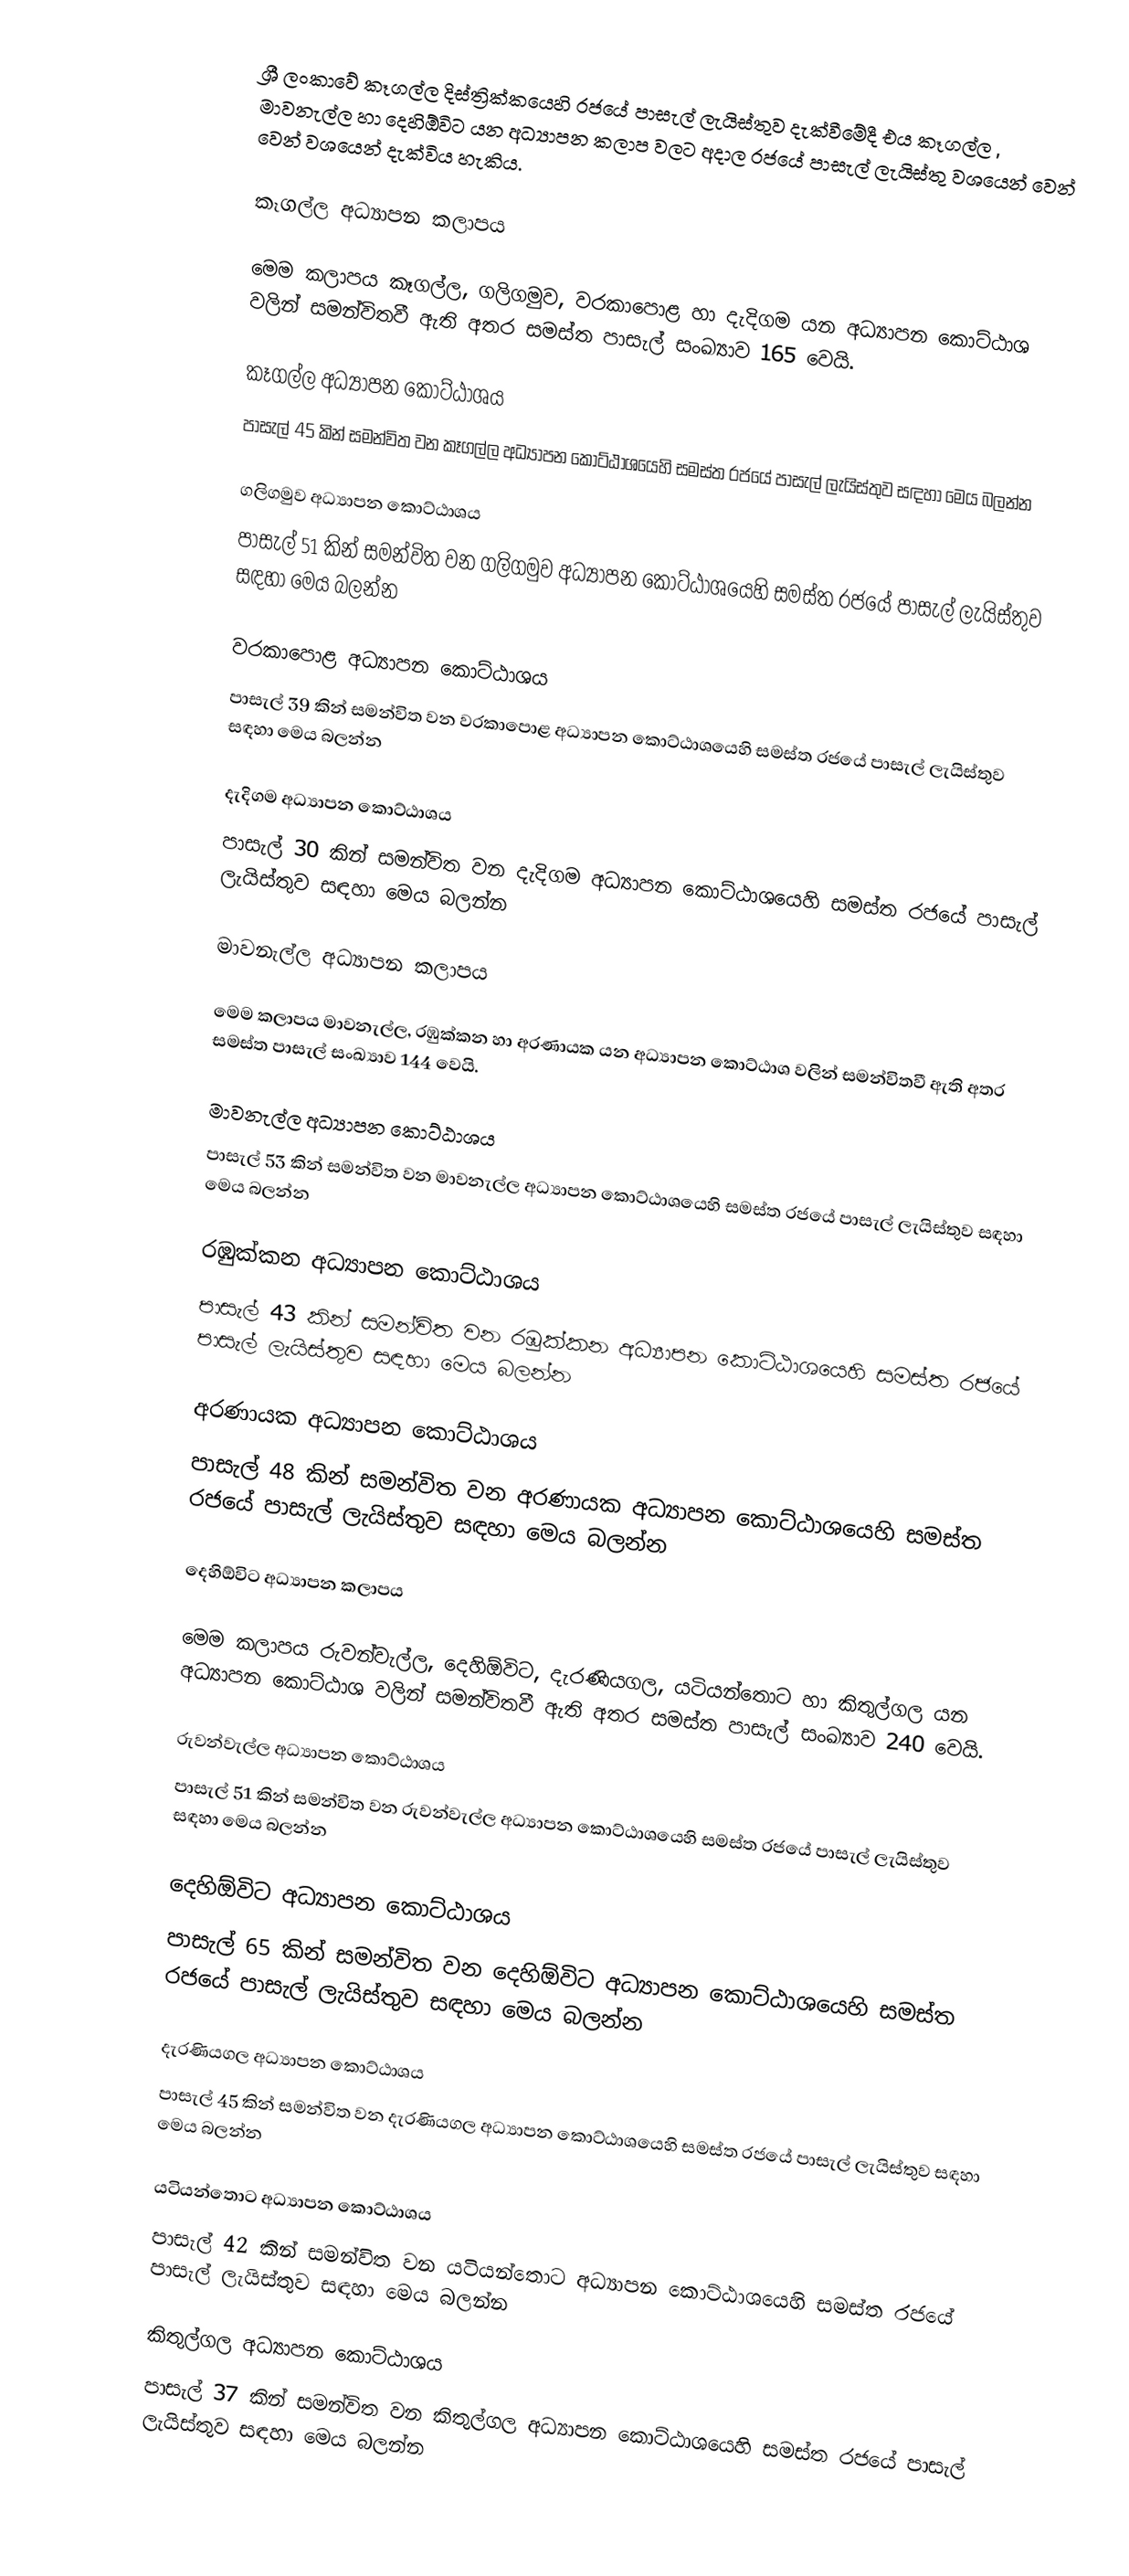
ශ්‍රී ලංකාවේ කෑගල්ල දිස්ත්‍රික්කයෙහි රජයේ පාසැල් ලැයිස්තුව දැක්වීමේදී එය කෑගල්ල , මාවනැල්ල හා දෙහිඕවිට  යන අධ්‍යාපන කලාප  වලට අදාල රජයේ පාසැල් ලැයිස්තු වශයෙන් වෙන් වෙන් වශයෙන් දැක්විය හැකිය.

කෑගල්ල අධ්‍යාපන කලාපය

මෙම කලාපය කෑගල්ල, ගලිගමුව, වරකාපොළ හා දැදිගම යන අධ්‍යාපන කොට්ඨාශ වලින් සමන්විතවී ඇති අතර සමස්ත පාසැල් සංඛ්‍යාව 165 වෙයි.

කෑගල්ල අධ්‍යාපන කොට්ඨාශය
පාසැල් 45 කින් සමන්විත වන කෑගල්ල අධ්‍යාපන කොට්ඨාශයෙහි සමස්ත රජයේ පාසැල් ලැයිස්තුව සඳහා මෙය බලන්න

ගලිගමුව අධ්‍යාපන කොට්ඨාශය
පාසැල් 51 කින් සමන්විත වන ගලිගමුව අධ්‍යාපන කොට්ඨාශයෙහි සමස්ත රජයේ පාසැල් ලැයිස්තුව සඳහා මෙය බලන්න

වරකාපොළ අධ්‍යාපන කොට්ඨාශය
පාසැල් 39 කින් සමන්විත වන වරකාපොළ අධ්‍යාපන කොට්ඨාශයෙහි සමස්ත රජයේ පාසැල් ලැයිස්තුව සඳහා මෙය බලන්න

දැදිගම අධ්‍යාපන කොට්ඨාශය
පාසැල් 30 කින් සමන්විත වන දැදිගම අධ්‍යාපන කොට්ඨාශයෙහි සමස්ත රජයේ පාසැල් ලැයිස්තුව සඳහා මෙය බලන්න

මාවනැල්ල අධ්‍යාපන කලාපය

මෙම කලාපය මාවනැල්ල, රඹුක්කන හා අරණායක යන අධ්‍යාපන කොට්ඨාශ වලින් සමන්විතවී ඇති අතර සමස්ත පාසැල් සංඛ්‍යාව 144 වෙයි.

මාවනැල්ල අධ්‍යාපන කොට්ඨාශය
පාසැල් 53 කින් සමන්විත වන මාවනැල්ල අධ්‍යාපන කොට්ඨාශයෙහි සමස්ත රජයේ පාසැල් ලැයිස්තුව සඳහා මෙය බලන්න

රඹුක්කන අධ්‍යාපන කොට්ඨාශය
පාසැල් 43 කින් සමන්විත වන රඹුක්කන අධ්‍යාපන කොට්ඨාශයෙහි සමස්ත රජයේ පාසැල් ලැයිස්තුව සඳහා මෙය බලන්න

අරණායක අධ්‍යාපන කොට්ඨාශය
පාසැල් 48 කින් සමන්විත වන අරණායක අධ්‍යාපන කොට්ඨාශයෙහි සමස්ත රජයේ පාසැල් ලැයිස්තුව සඳහා මෙය බලන්න

දෙහිඕවිට  අධ්‍යාපන කලාපය

මෙම කලාපය රුවන්වැල්ල, දෙහිඕවිට, දැරණියගල, යටියන්තොට හා කිතුල්ගල යන අධ්‍යාපන කොට්ඨාශ වලින් සමන්විතවී ඇති අතර සමස්ත පාසැල් සංඛ්‍යාව 240 වෙයි.

රුවන්වැල්ල අධ්‍යාපන කොට්ඨාශය
පාසැල් 51 කින් සමන්විත වන රුවන්වැල්ල අධ්‍යාපන කොට්ඨාශයෙහි සමස්ත රජයේ පාසැල් ලැයිස්තුව සඳහා මෙය බලන්න

දෙහිඕවිට අධ්‍යාපන කොට්ඨාශය
පාසැල් 65 කින් සමන්විත වන දෙහිඕවිට අධ්‍යාපන කොට්ඨාශයෙහි සමස්ත රජයේ පාසැල් ලැයිස්තුව සඳහා මෙය බලන්න

දැරණියගල අධ්‍යාපන කොට්ඨාශය
පාසැල් 45 කින් සමන්විත වන දැරණියගල අධ්‍යාපන කොට්ඨාශයෙහි සමස්ත රජයේ පාසැල් ලැයිස්තුව සඳහා මෙය බලන්න

යටියන්තොට අධ්‍යාපන කොට්ඨාශය
පාසැල් 42 කින් සමන්විත වන යටියන්තොට අධ්‍යාපන කොට්ඨාශයෙහි සමස්ත රජයේ පාසැල් ලැයිස්තුව සඳහා මෙය බලන්න

කිතුල්ගල අධ්‍යාපන කොට්ඨාශය
පාසැල් 37 කින් සමන්විත වන කිතුල්ගල අධ්‍යාපන කොට්ඨාශයෙහි සමස්ත රජයේ පාසැල් ලැයිස්තුව සඳහා මෙය බලන්න